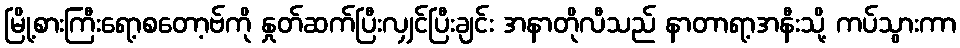
မြို့စားကြီးရော့စတော့ဗ်ကို နှုတ်ဆက်ပြီးလျှင်ပြီးချင်း အနာတိုလီသည် နာတာရာ့အနီးသို့ ကပ်သွားကာ